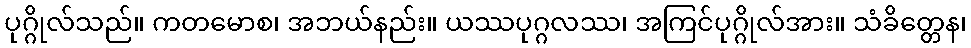
ပုဂ္ဂိုလ်သည်။ ကတမောစ၊ အဘယ်နည်း။ ယဿပုဂ္ဂလဿ၊ အကြင်ပုဂ္ဂိုလ်အား။ သံခိတ္တေန၊